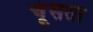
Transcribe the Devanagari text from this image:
चूंसता